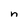
Character: n